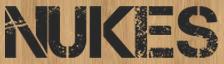
NUKES